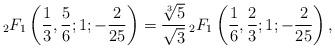
LaTeX: \begin{align*}_{2}F_{1}\left({\frac{1}{3}},{\frac{5}{6}};1;{-\frac{2}{25}}\right)=\frac{\sqrt[3]{5}}{\sqrt{3}}{\,}_{2}F_{1}\left({\frac{1}{6}},{\frac{2}{3}};1;{-\frac{2}{25}}\right),\end{align*}